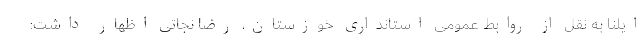
ایلنا به نقل از روابط عمومی استانداری خوزستان، رضا نجاتی اظهار داشت: